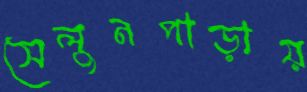
সেলুনপাড়ায়